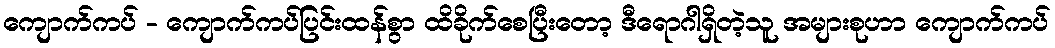
ကျောက်ကပ် - ကျောက်ကပ်ပြင်းထန်စွာ ထိခိုက်စေပြီးတော့ ဒီရောဂါရှိတဲ့သူ အများစုဟာ ကျောက်ကပ်